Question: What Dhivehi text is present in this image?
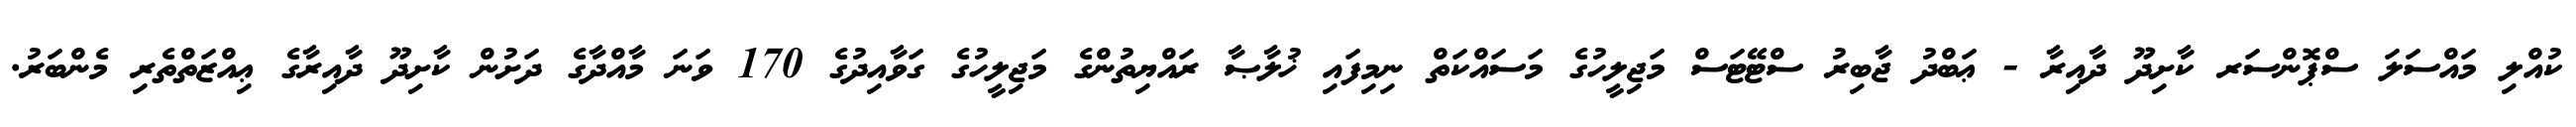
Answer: ކުއްލި މައްސަލަ ސްޕޮންސަރ ކާށިދޫ ދާއިރާ - ޢަބްދު ޖާބިރު ސްޓޭޓަސް މަޖިލީހުގެ މަސައްކަތް ނިމިފައި ޚުލާޞާ ރައްޔިތުންގެ މަޖިލީހުގެ ގަވާއިދުގެ 170 ވަނަ މާއްދާގެ ދަށުން ކާށިދޫ ދާއިރާގެ ޢިއްޒަތްތެރި މެންބަރު.